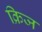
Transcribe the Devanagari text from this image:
क्रिज